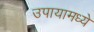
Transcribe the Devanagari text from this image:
उपायामध्ये